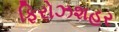
ફિરોઝશહર